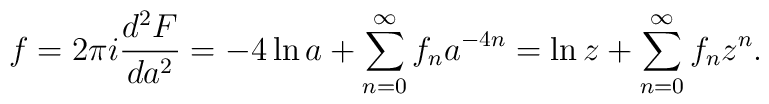
f = 2\pi i \frac{d^2 F}{da^2} =-4\ln a + \sum\limits_{n=0}^\infty f_n a^{-4n} =  \ln z +\sum\limits_{n=0}^\infty f_n z^n.